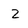
Character: Z